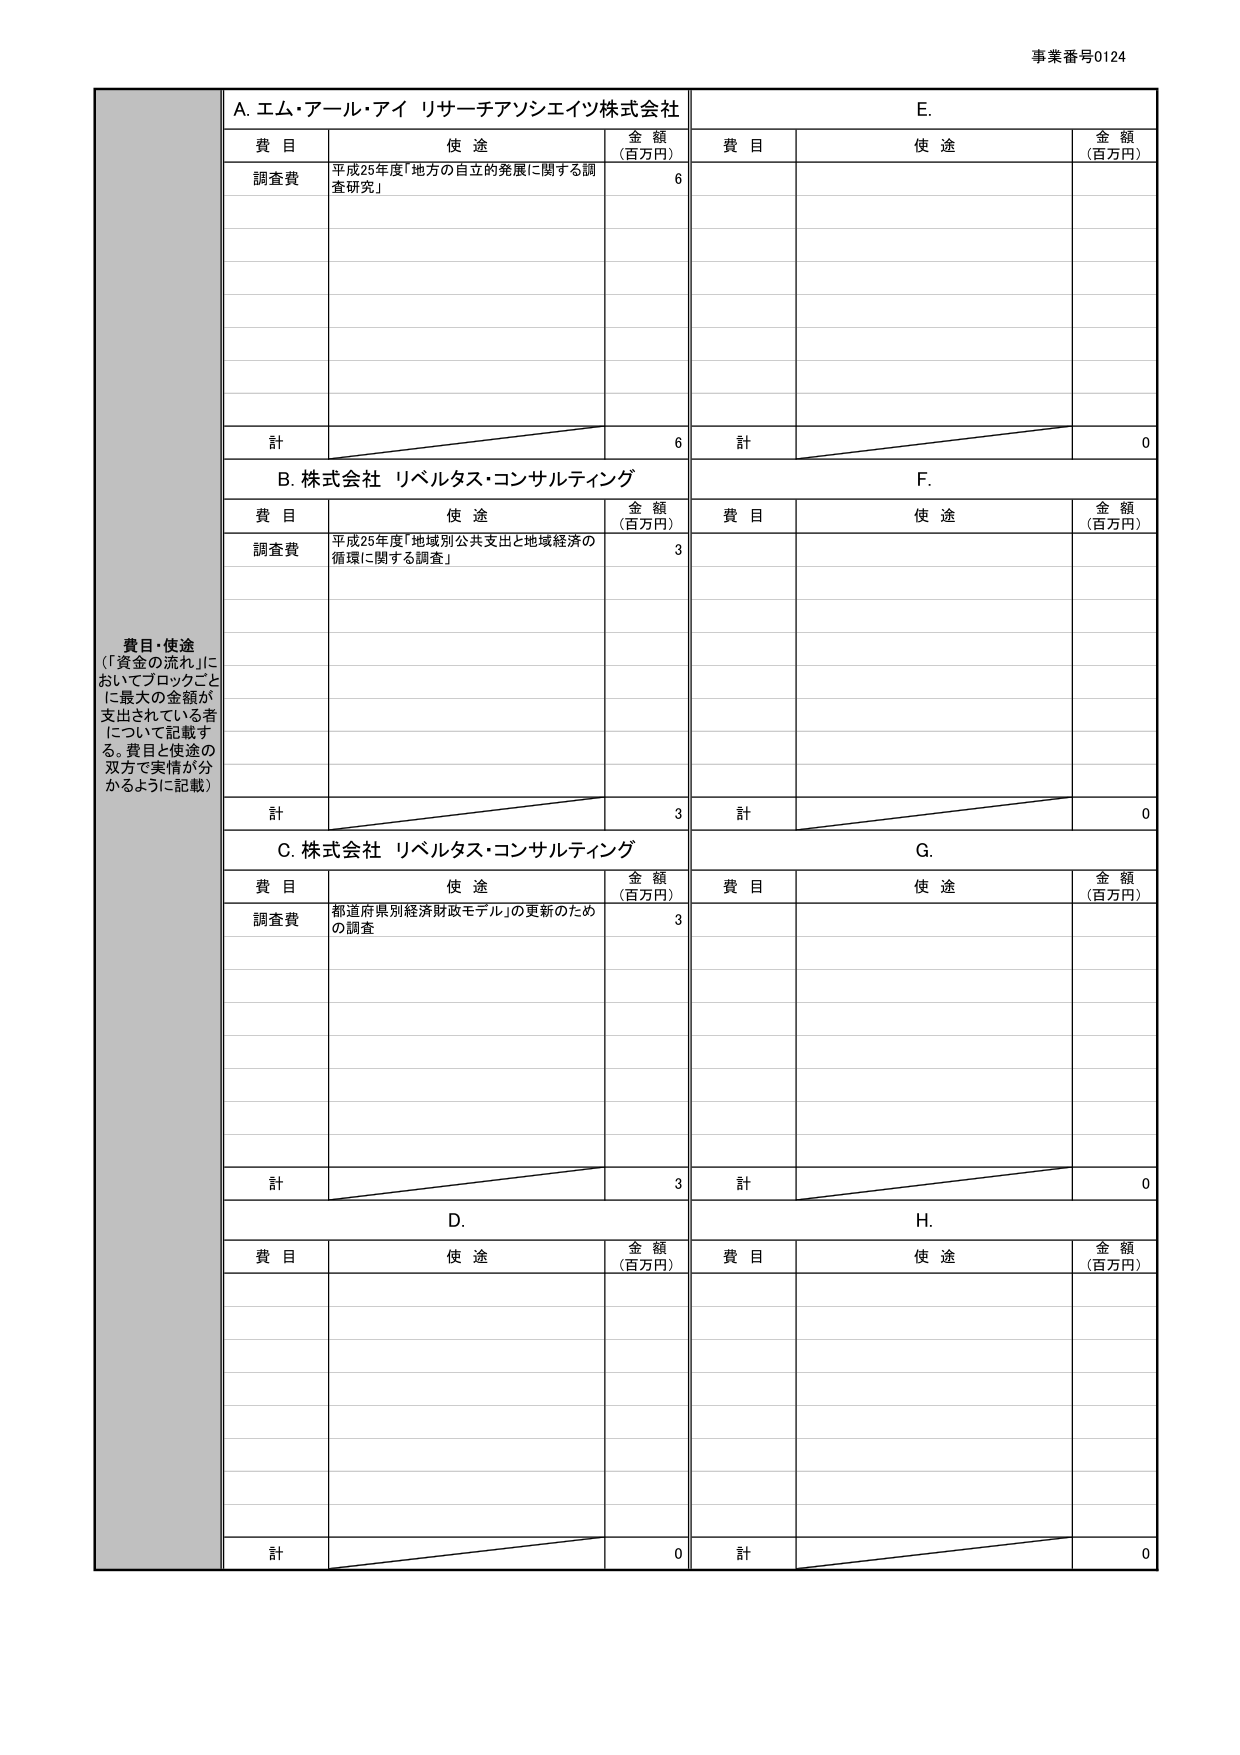
事業番号0124

費目・使途
（「資金の流れ」においてブロックごとに最大の金額が支出されている者について記載する。費目と使途の双方で実情が分かるように記載）

A. エム・アール・アイ リサーチアソシエイツ株式会社
費目　　　　　　　使途　　　　　　　　　　　　　　　　　　　金額（百万円）
調査費　　　　平成25年度「地方の自立的発展に関する調査研究」　　　6
計　　　　　　　　　　　　　　　　　　　　　　　　　　　　　　6

B. 株式会社 リベルタス・コンサルティング
費目　　　　　　　使途　　　　　　　　　　　　　　　　　　　金額（百万円）
調査費　　　　平成25年度「地域別公共支出と地域経済の循環に関する調査」　3
計　　　　　　　　　　　　　　　　　　　　　　　　　　　　　　3

C. 株式会社 リベルタス・コンサルティング
費目　　　　　　　使途　　　　　　　　　　　　　　　　　　　金額（百万円）
調査費　　　　都道府県別経済財政モデル」の更新のための調査　　　3
計　　　　　　　　　　　　　　　　　　　　　　　　　　　　　　3

D.
費目　　　　　　　使途　　　　　　　　　　　　　　　　　　　金額（百万円）
計　　　　　　　　　　　　　　　　　　　　　　　　　　　　　　0

E.
費目　　　　　　　使途　　　　　　　　　　　　　　　　　　　金額（百万円）
計　　　　　　　　　　　　　　　　　　　　　　　　　　　　　　0

F.
費目　　　　　　　使途　　　　　　　　　　　　　　　　　　　金額（百万円）
計　　　　　　　　　　　　　　　　　　　　　　　　　　　　　　0

G.
費目　　　　　　　使途　　　　　　　　　　　　　　　　　　　金額（百万円）
計　　　　　　　　　　　　　　　　　　　　　　　　　　　　　　0

H.
費目　　　　　　　使途　　　　　　　　　　　　　　　　　　　金額（百万円）
計　　　　　　　　　　　　　　　　　　　　　　　　　　　　　　0